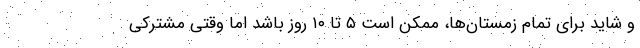
و شاید برای تمام زمستان‌ها، ممکن است ۵ تا ۱۰ روز باشد اما وقتی مشترکی